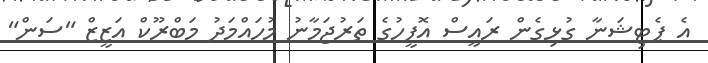
އެ ޕެޓިޝަނާ ގުޅިގެން ރައީސް އޮފީހުގެ ތަރުޖަމާނު މުހައްމަދު މަބްރޫކް އަޒީޒް "ސަން"